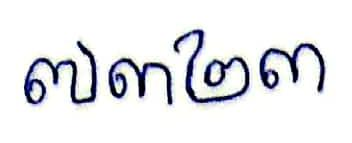
៧៣២៣